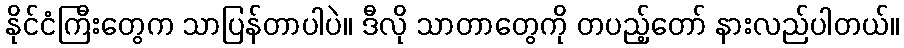
နိုင်ငံကြီးတွေက သာပြန်တာပါပဲ။ ဒီလို သာတာတွေကို တပည့်တော် နားလည်ပါတယ်။